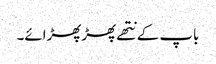
باپ کے نتھے پھڑپھڑائے۔